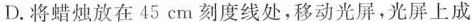
D. 将蜡烛放在45cm刻度线处，移动光屏，光屏上成